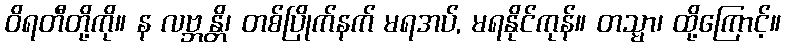
ဝိရတီတို့ကို။ န လဗ္ဘန္တိ၊ တစ်ပြိုက်နက် မရအပ်, မရနိုင်ကုန်။ တသ္မာ၊ ထို့ကြောင့်။